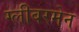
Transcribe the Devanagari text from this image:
ग्लीबरमेन